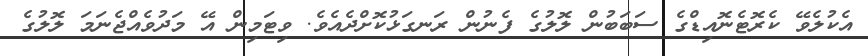
އެކުލެވޭ ކެރޮޓެނޮއިޑްގެ ސަބަބުން ލޮލުގެ ފެނުން ރަނގަޅުކޮށްދެއެވެ. ވިޓަމިން އޭ މަދުވެއްޖެނަމަ ލޮލުގެ